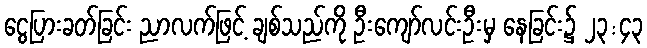
ငွေပြားခတ်ခြင်း ညာလက်ဖြင့် ချစ်သည်ကို ဦးကျော်လင်းဦးမှ နေခြင်း၌ ၂၃:၄၃